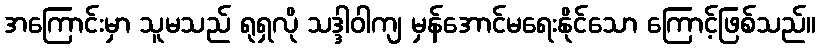
အကြောင်းမှာ သူမသည် ရုရှလို သဒ္ဒါဝါကျ မှန်အောင်မရေးနိုင်သော ကြောင့်ဖြစ်သည်။